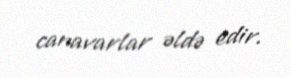
canavarlar əldə edir.